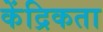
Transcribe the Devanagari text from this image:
केंद्रिकता